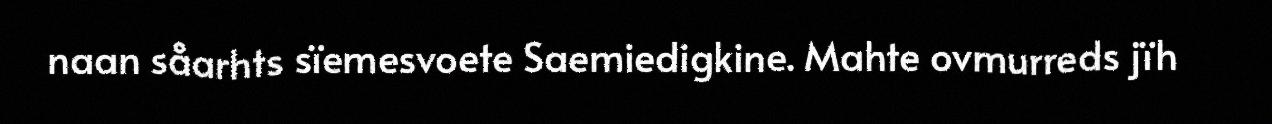
naan såarhts sïemesvoete Saemiedigkine. Mahte ovmurreds jïh